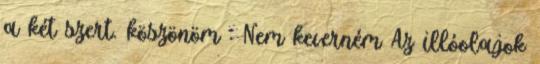
a két szert. köszönöm : Nem keverném Az illóolajok